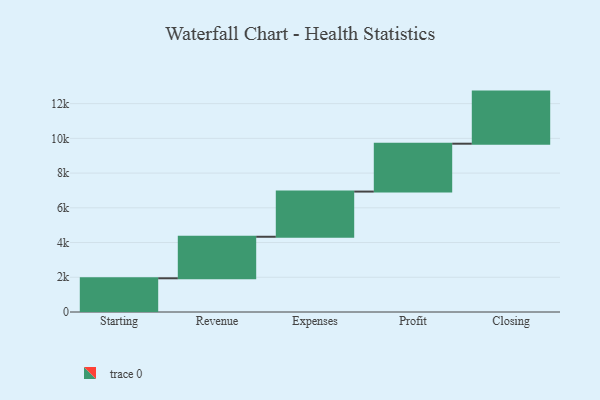
{"axis": {"x": "Step", "y": "Value"}, "legend": [""], "data": [{"x": "Starting", "y": 1941.0, "type": ""}, {"x": "Revenue", "y": 2392.0, "type": ""}, {"x": "Expenses", "y": 2602.0, "type": ""}, {"x": "Profit", "y": 2757.0, "type": ""}, {"x": "Closing", "y": 3000, "type": ""}]}